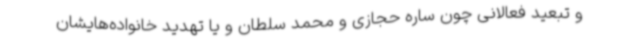
و تبعید فعالانی چون ساره حجازی و محمد سلطان و یا تهدید خانواده‌هایشان